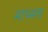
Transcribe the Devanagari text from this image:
माध्मय